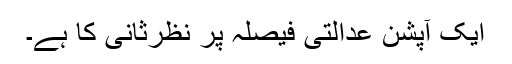
ایک آپشن عدالتی فیصلہ پر نظرثانی کا ہے۔